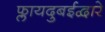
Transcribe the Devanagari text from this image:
फ्लायदुबईद्वारे